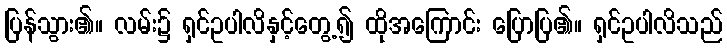
ပြန်သွား၏။ လမ်း၌ ရှင်ဥပါလိနှင့်တွေ့၍ ထိုအကြောင်း ပြောပြ၏။ ရှင်ဥပါလိသည်